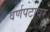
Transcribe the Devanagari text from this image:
वर्णपटावर